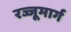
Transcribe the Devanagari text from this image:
रज्जूमार्ग